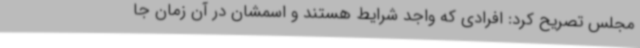
مجلس تصریح کرد: افرادی که واجد شرایط هستند و اسمشان در آن زمان جا